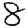
Digit: 8